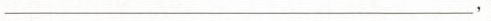
_.